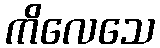
ကိလေသေ